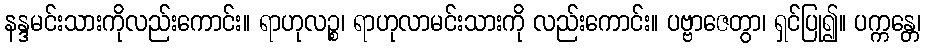
နန္ဒမင်းသားကိုလည်းကောင်း။ ရာဟုလဉ္စ၊ ရာဟုလာမင်းသားကို လည်းကောင်း။ ပဗ္ဗာဇေတွာ၊ ရှင်ပြု၍။ ပက္ကန္တေ၊